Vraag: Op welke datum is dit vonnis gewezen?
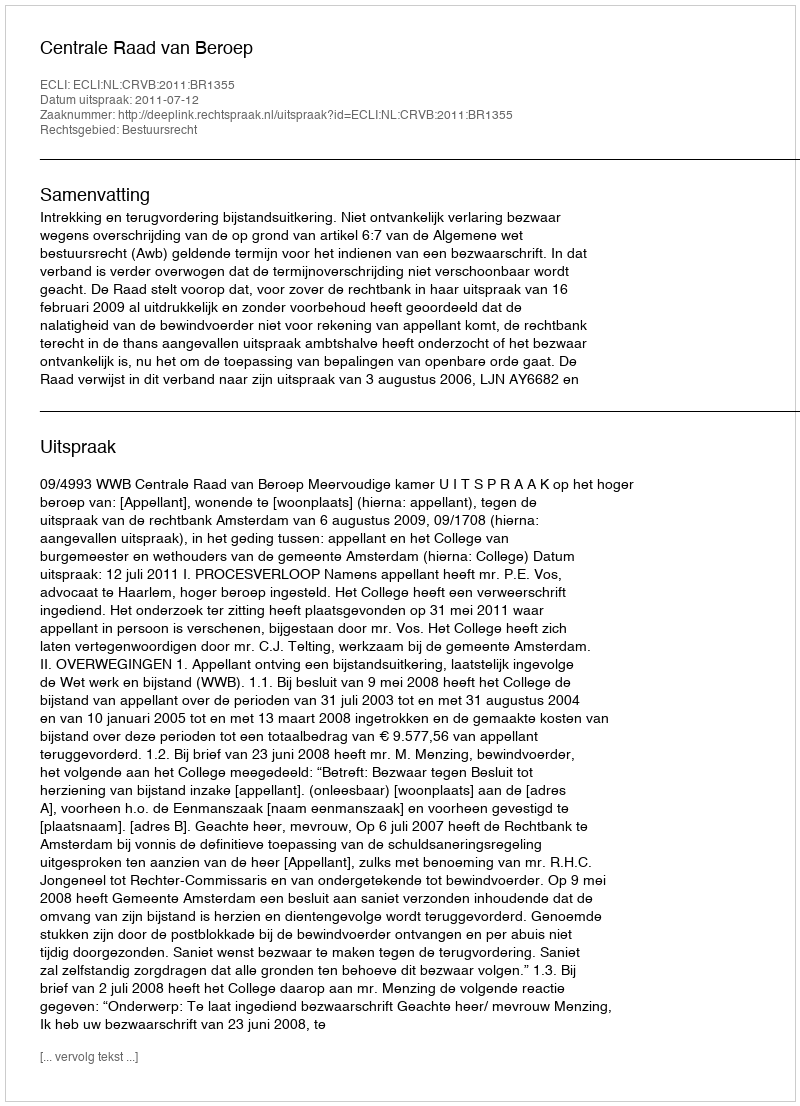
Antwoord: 2011-07-12